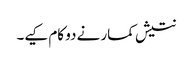
نتیش کمار نے دو کام کیے۔